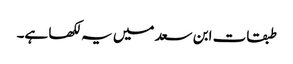
طبقات ابن سعد میں یہ لکھا ہے۔